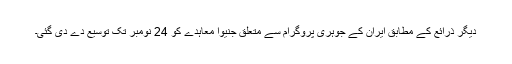
دیگر ذرائع کے مطابق ایران کے جوہری پروگرام سے متعلق جنیوا معاہدے کو 24 نومبر تک توسیع دے دی گئی۔